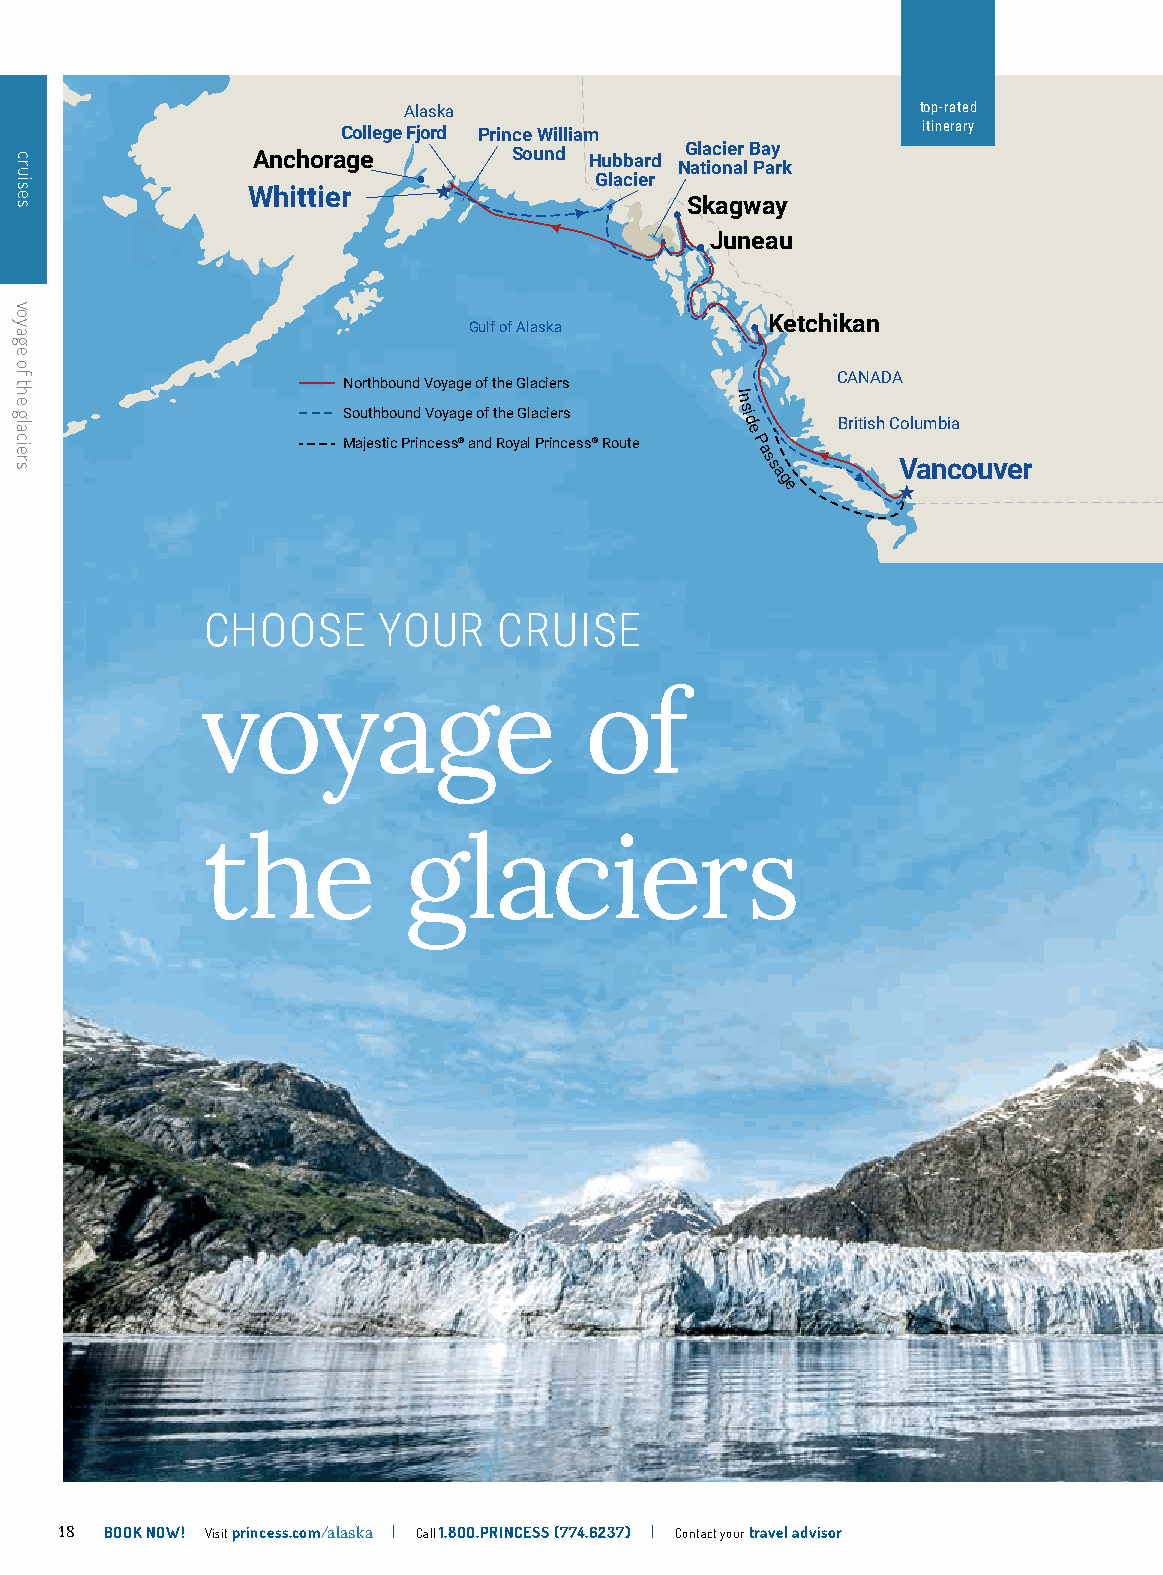
Alaska                            top-rated
 College Fjord Prince William          itinerary
 Anchorage        Sound Hubbard Glacier Bay
 National Park
 Glacier
 Whittier
 Skagway
 Juneau
 Ketchikan
 Gulf of Alaska
 CANADA
 Northbound Voyage of the Glaciers
 In
 Southbound Voyage of the Glaciers s id British Columbia
 Majestic Princess® and Royal Princess® Route
 e
 P
 a
 s s       Vancouver
 a
 g
 e
 CHOOSE      YOUR    CRUISE
 voyage                    of
 the           glaciers
 18 BOOK NOW! Visit princess.com/alaska | Call 1.8OO.PRINCESS (774.6237) | Contact your travel advisor
 cruises
 voyage
 of
 the
 glaciers